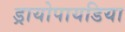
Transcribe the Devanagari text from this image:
ड्रायोपायडिया